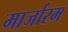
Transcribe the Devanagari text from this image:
मार्जारम